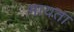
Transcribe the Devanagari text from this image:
मायता